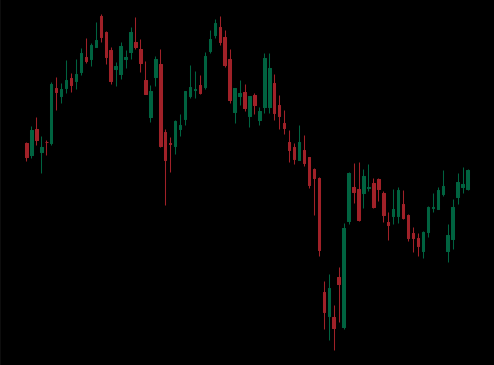
Pattern: unclassified